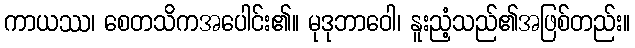
ကာယဿ၊ စေတသိကအပေါင်း၏။ မုဒုဘာဝေါ၊ နူးညံ့သည်၏အဖြစ်တည်း။